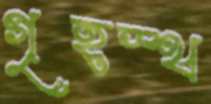
গৃহস্থ